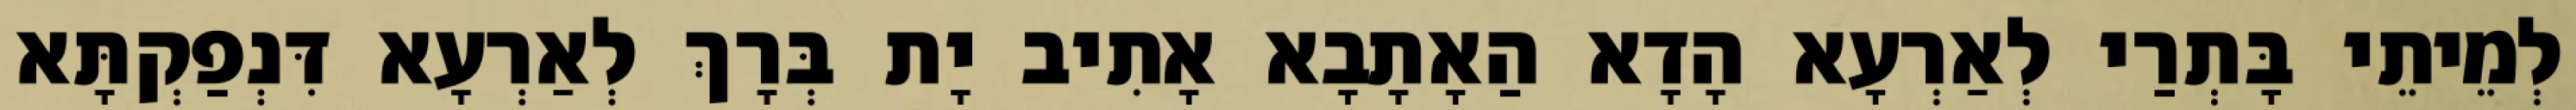
לְמֵיתֵי בָּתְרַי לְאַרְעָא הָדָא הַאָתָבָא אָתִיב יָת בְּרָךְ לְאַרְעָא דִּנְפַקְתָּא